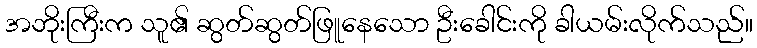
အဘိုးကြီးက သူ၏ ဆွတ်ဆွတ်ဖြူနေသော ဦးခေါင်းကို ခါယမ်းလိုက်သည်။